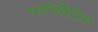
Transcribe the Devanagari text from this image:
नवनिर्मितीवर